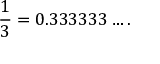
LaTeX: { \frac { 1 } { 3 } } = 0 . 3 3 3 3 3 3 \ldots .